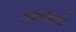
તમાશાનો